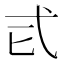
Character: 𢍾